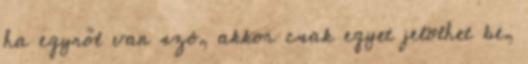
ha egyről van szó, akkor csak egyet jelölhet be,